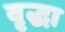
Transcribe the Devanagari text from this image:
वृृद्धा